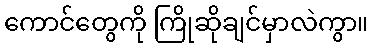
ကောင်တွေကို ကြိုဆိုချင်မှာလဲကွာ။